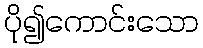
ပို၍ကောင်းသော